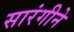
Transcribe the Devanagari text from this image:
सारंगीने